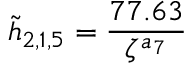
\tilde { h } _ { 2 , 1 , 5 } = \frac { 7 7 . 6 3 } { \zeta ^ { a _ { 7 } } }